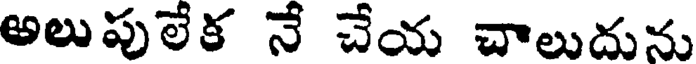
అలుపులేక నే చేయ చాలుదును